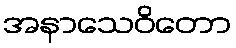
အနာသေဝိတော